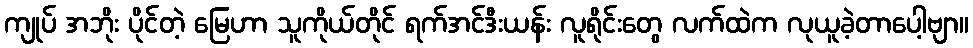
ကျုပ် အဘိုး ပိုင်တဲ့ မြေဟာ သူကိုယ်တိုင် ရက်အင်ဒီးယန်း လူရိုင်းတွေ လက်ထဲက လုယူခဲ့တာပေါ့ဗျာ။